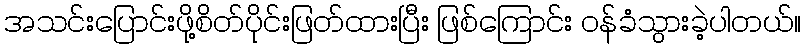
အသင်းပြောင်းဖို့စိတ်ပိုင်းဖြတ်ထားပြီး ဖြစ်ကြောင်း ဝန်ခံသွားခဲ့ပါတယ်။